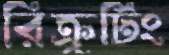
রিক্রুটিং